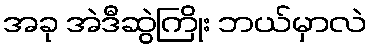
အခု အဲဒီဆွဲကြိုး ဘယ်မှာလဲ